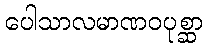
ပေါသာလမာဏဝပုစ္ဆာ